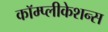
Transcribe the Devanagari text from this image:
कॉम्प्लीकेशन्स